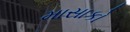
માસાકો